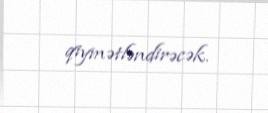
qiymətləndirəcək.